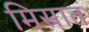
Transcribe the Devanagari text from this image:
मिस्रात